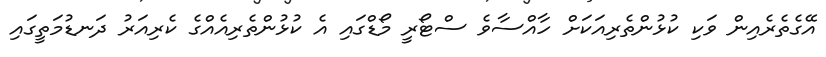
އޭގެތެރެއިން ވަކި ކުޅުންތެރިއަކަށް ހާއްސާވެ ސްޓޯރީ މޯޑްގައި އެ ކުޅުންތެރިއެއްގެ ކެރިއަރު ދަނޑުމަތީގައި